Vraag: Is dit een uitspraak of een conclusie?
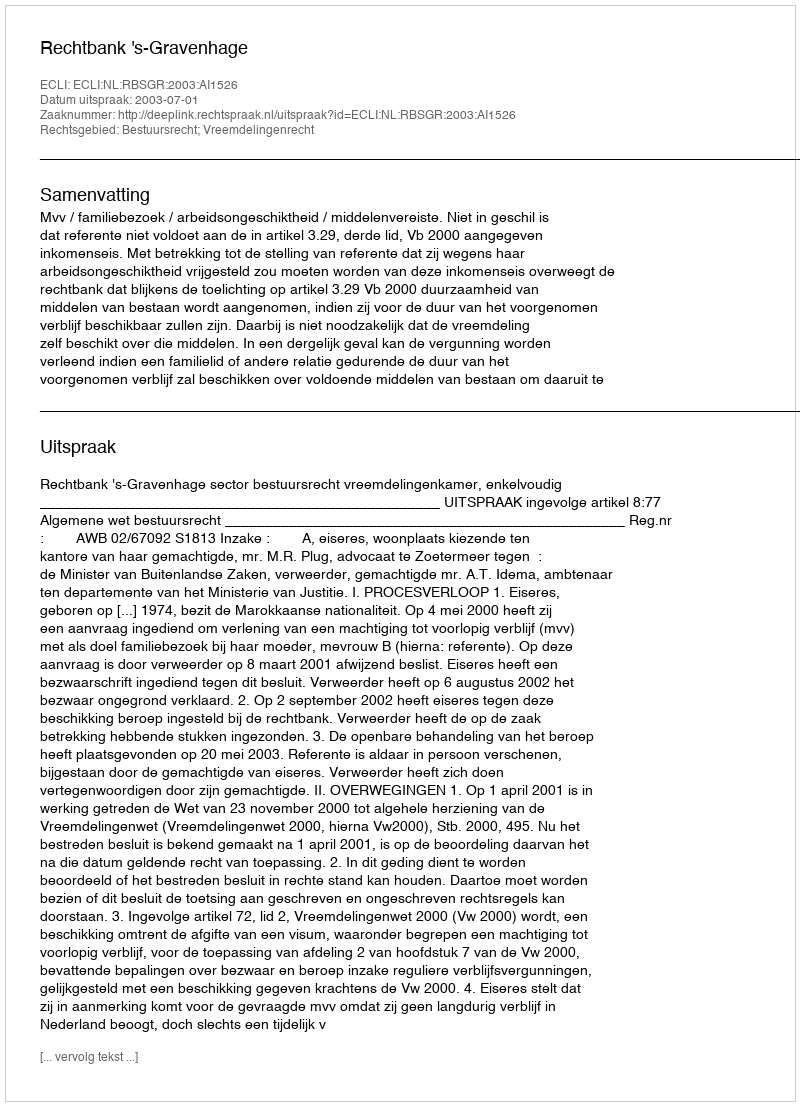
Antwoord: Uitspraak